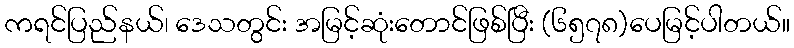
ကရင်ပြည်နယ်၊ ဒေသတွင်း အမြင့်ဆုံးတောင်ဖြစ်ပြီး (၆၅၇၈)ပေမြင့်ပါတယ်။